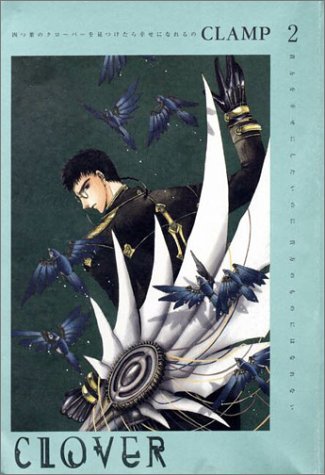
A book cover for Clover #2; CLAMP; Comics & Graphic Novels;